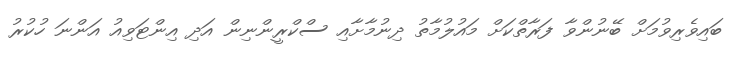
ބައިވެރިވުމަށް ބޭނުންވާ ފަރާތްކަށް މައުލުމާތު ދިނުމާށާއި ސްކްރީންނިން އަދި އިންޓަވިއު އަންނަ ހުކުރު